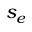
s _ { e }